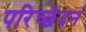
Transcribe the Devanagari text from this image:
परिच्छेदन